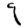
Digit: 9